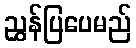
ညွှန်ပြပေမည်